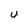
Character: U